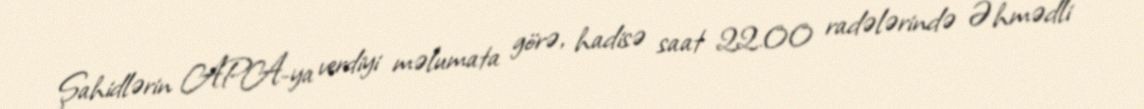
Şahidlərin APA-ya verdiyi məlumata görə, hadisə saat 22.00 radələrində Əhmədli